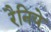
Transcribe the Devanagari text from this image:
रैनिये